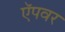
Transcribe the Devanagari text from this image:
ऍपवर